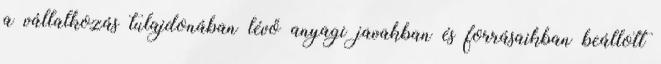
a vállalkozás tulajdonában lévő anyagi javakban és forrásaikban beállott